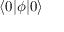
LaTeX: \langle 0 | \phi | 0 \rangle